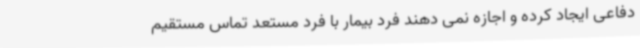
دفاعی ایجاد کرده و اجازه نمی دهند فرد بیمار با فرد مستعد تماس مستقیم